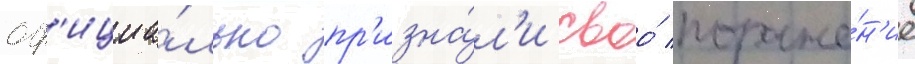
оф'ициа́льно пр'изна́л'и своо́ пораже́н'ие